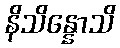
နိသိန္နောသိ